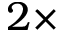
2 \times